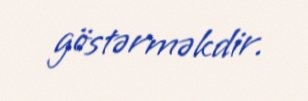
göstərməkdir.